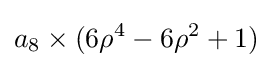
a_{8}\times (6\rho ^{4}-6\rho ^{2}+1)